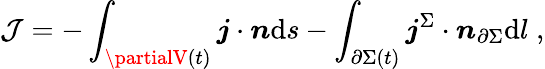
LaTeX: \mathcal{J}=-\int_{\partialV(t)}\boldsymbol{j}\cdot\boldsymbol{n}\mathrm{{d}}s-\int_{\partial\Sigma(t)}\boldsymbol{j}^{\Sigma}\cdot\boldsymbol{n}_{\partial\Sigma}\mathrm{{d}}l\; ,